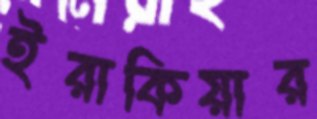
ইরাকিয়ার